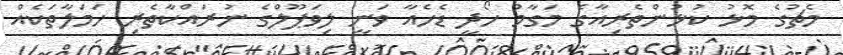
މެޗުގެ މޮޅު ކުޅުންތެރިއާގެ މަގާމު ހޯދީ ޑެހެއާ ވަނީ ލިވަޕޫލްގެ ނުރައްކާތެރި ހަމަލާތަކެއް